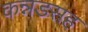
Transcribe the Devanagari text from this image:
कन्नडसह